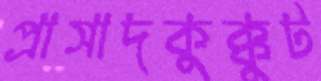
প্রাসাদকুক্কুট